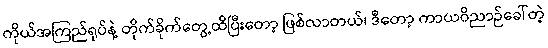
ကိုယ်အကြည်ရုပ်နဲ့ တိုက်ခိုက်တွေ့ထိပြီးတော့ ဖြစ်လာတယ်၊ ဒီတော့ ကာယဝိညာဉ်ခေါ်တဲ့